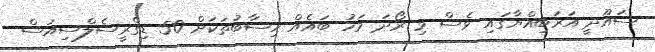
ސައޫދީ އަރަބިއްޔާގައި ވެސް މި ރޯދަ މަހު ބައެއް ހިސާބުތަކަށް 50 ޑިގްރީސެލްސިއަސް